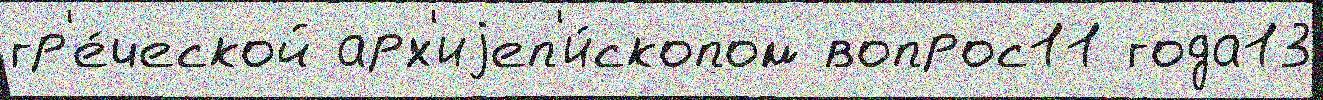
гр'е́ческой арх'иjеп'и́скопом вопрос11 года13